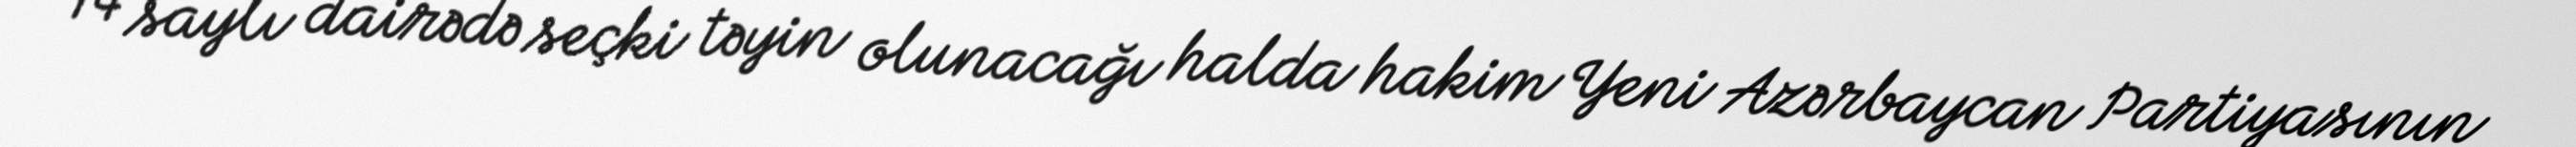
14 saylı dairədə seçki təyin olunacağı halda hakim Yeni Azərbaycan Partiyasının